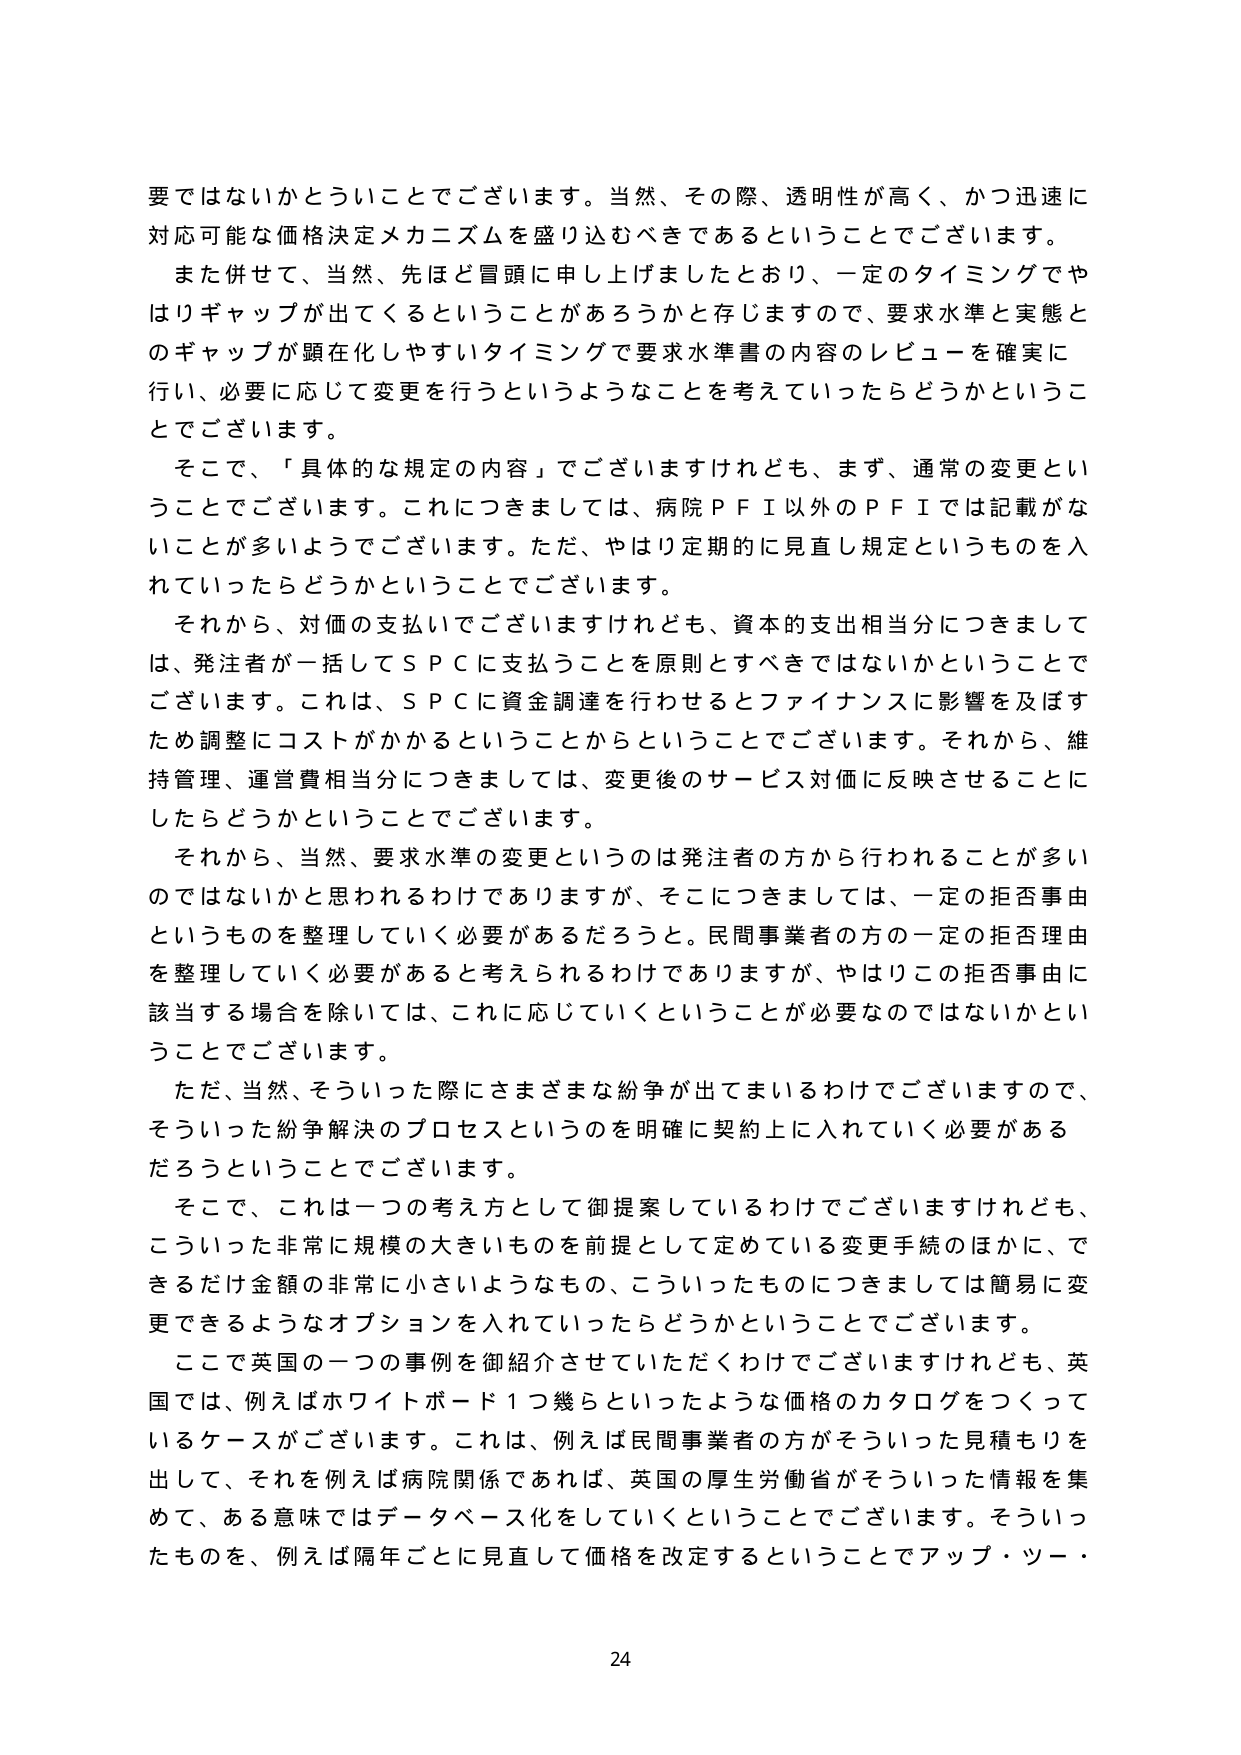
要ではないかということでございます。当然、その際、透明性が高く、かつ迅速に対応可能な価格決定メカニズムを盛り込むべきであるということでございます。

また併せて、当然、先ほど冒頭に申し上げましたとおり、一定のタイミングでやはりギャップが出てくるということがあろうかと存じますので、要求水準と実態とのギャップが顕在化しやすいタイミングで要求水準書の内容のレビューを確実に行い、必要に応じて変更を行うというようなことを考えていったらどうかということでございます。

そこで、「具体的な規定の内容」でございますけれども、まず、通常の変更ということでございます。これにつきましては、病院ＰＦＩ以外のＰＦＩでは記載がないことが多いようでございます。ただ、やはり定期的に見直し規定というものを入れていったらどうかということでございます。

それから、対価の支払いでございますけれども、資本の支出相当分につきましては、発注者が一括してＳＰＣに支払うことを原則とすべきではないかということでございます。これは、ＳＰＣに資金調達を行わせるとファイナンスに影響を及ぼすため調整にコストがかかるということからということでございます。それから、維持管理、運営費相当分につきましては、変更後のサービス対価に反映させることにしたらどうかということでございます。

それから、当然、要求水準の変更というのは発注者の方から行われることが多いのではないかと思われるわけでありますが、そこにつきましては、一定の拒否事由というものを整理していく必要があるだろうと。民間事業者の方の一定の拒否理由を整理していく必要があると考えられるわけでありますが、やはりこの拒否事由に該当する場合を除いては、これに応じていくということが必要なのではないかということでございます。

ただ、当然、そういった際にさまざまな紛争が出てまいるわけでございますので、そういった紛争解決のプロセスというのを明確に契約上に入れていいく必要があるだろうということでございます。

そこで、これは一つの考え方として御提案しているわけでございますけれども、こういった非常に規模の大きいものを前提として定めている変更手続のほかに、できるだけ金額の非常に小さいようなもの、こういったものにつきましては簡易に変更できるようなオプションを入れていったらどうかということでございます。

ここで英国の一つの事例を御紹介させていただくわけでございますけれども、英国では、例えばホワイトボード１つ幾らといったような価格のカタログをつくっているケースがございます。これは、例えば民間事業者の方がそういった見積もりを出して、それを例えば病院関係であれば、英国の厚生労働省がそういった情報を集めて、ある意味ではデータベース化をしていくということでございます。そういったものを、例えば隔年ごとに見直して価格を改定するということでアップ・ツー・

24